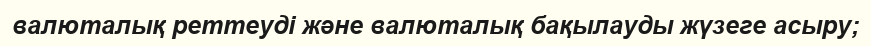
валюталық реттеуді және валюталық бақылауды жүзеге асыру;